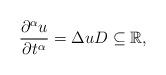
LaTeX: \begin{align*}\frac{\partial^\alpha u}{\partial t^\alpha} = \Delta u D \subseteq \mathbb{R} ,\end{align*}